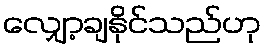
လျှော့ချနိုင်သည်ဟု